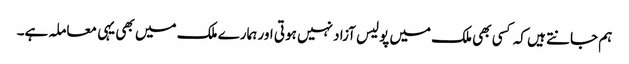
ہم جانتے ہیں کہ کسی بھی ملک میں پولیس آزاد نہیں ہوتی اور ہمارے ملک میں بھی یہی معاملہ ہے۔